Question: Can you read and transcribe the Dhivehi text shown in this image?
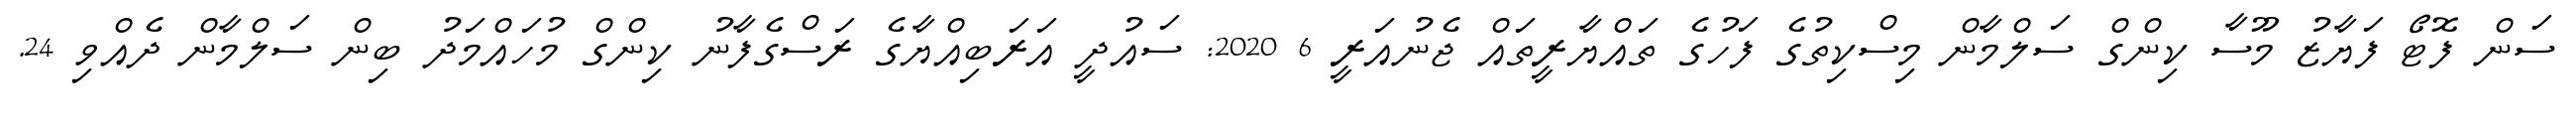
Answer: ސަން ފޮޓޯ ފަޔާޒު މޫސާ ކިންގް ސަލްމާން މިސްކިތުގެ ފަހުގެ ތައްޔާރީތައް ޖެނުއަރީ 6 2020: ސައުދީ އަރަބިއްޔާގެ ރަސްގެފާނު ކިންގް މުހައްމަދު ބިން ސަލްމާން ދެއްވި 24.